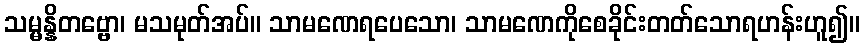
သမ္မန္နိတဗ္ဗော၊ မသမုတ်အပ်။ သာမဏေရပေသော၊ သာမဏေကိုစေခိုင်းတတ်သောရဟန်းဟူ၍။